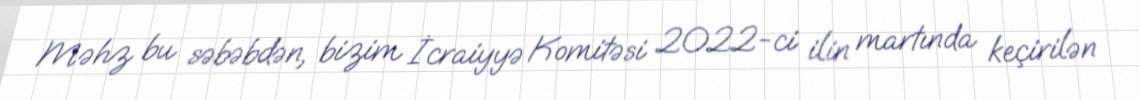
Məhz bu səbəbdən, bizim İcraiyyə Komitəsi 2022-ci ilin martında keçirilən